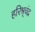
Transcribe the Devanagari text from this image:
हरिश्र्चंद्र